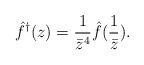
LaTeX: \begin{align*}\hat f^{\dagger} (z) = {1\over \bar z^4}{\hat f({1\over\bar z})}.\end{align*}